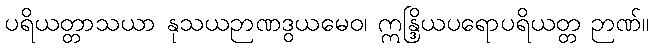
ပရိယတ္တာသယာ နုသယဉာဏဒွယမေဝ၊ ဣန္ဒြိယပရောပရိယတ္တ ဉာဏ်။